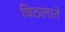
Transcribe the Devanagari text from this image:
बिठलाते